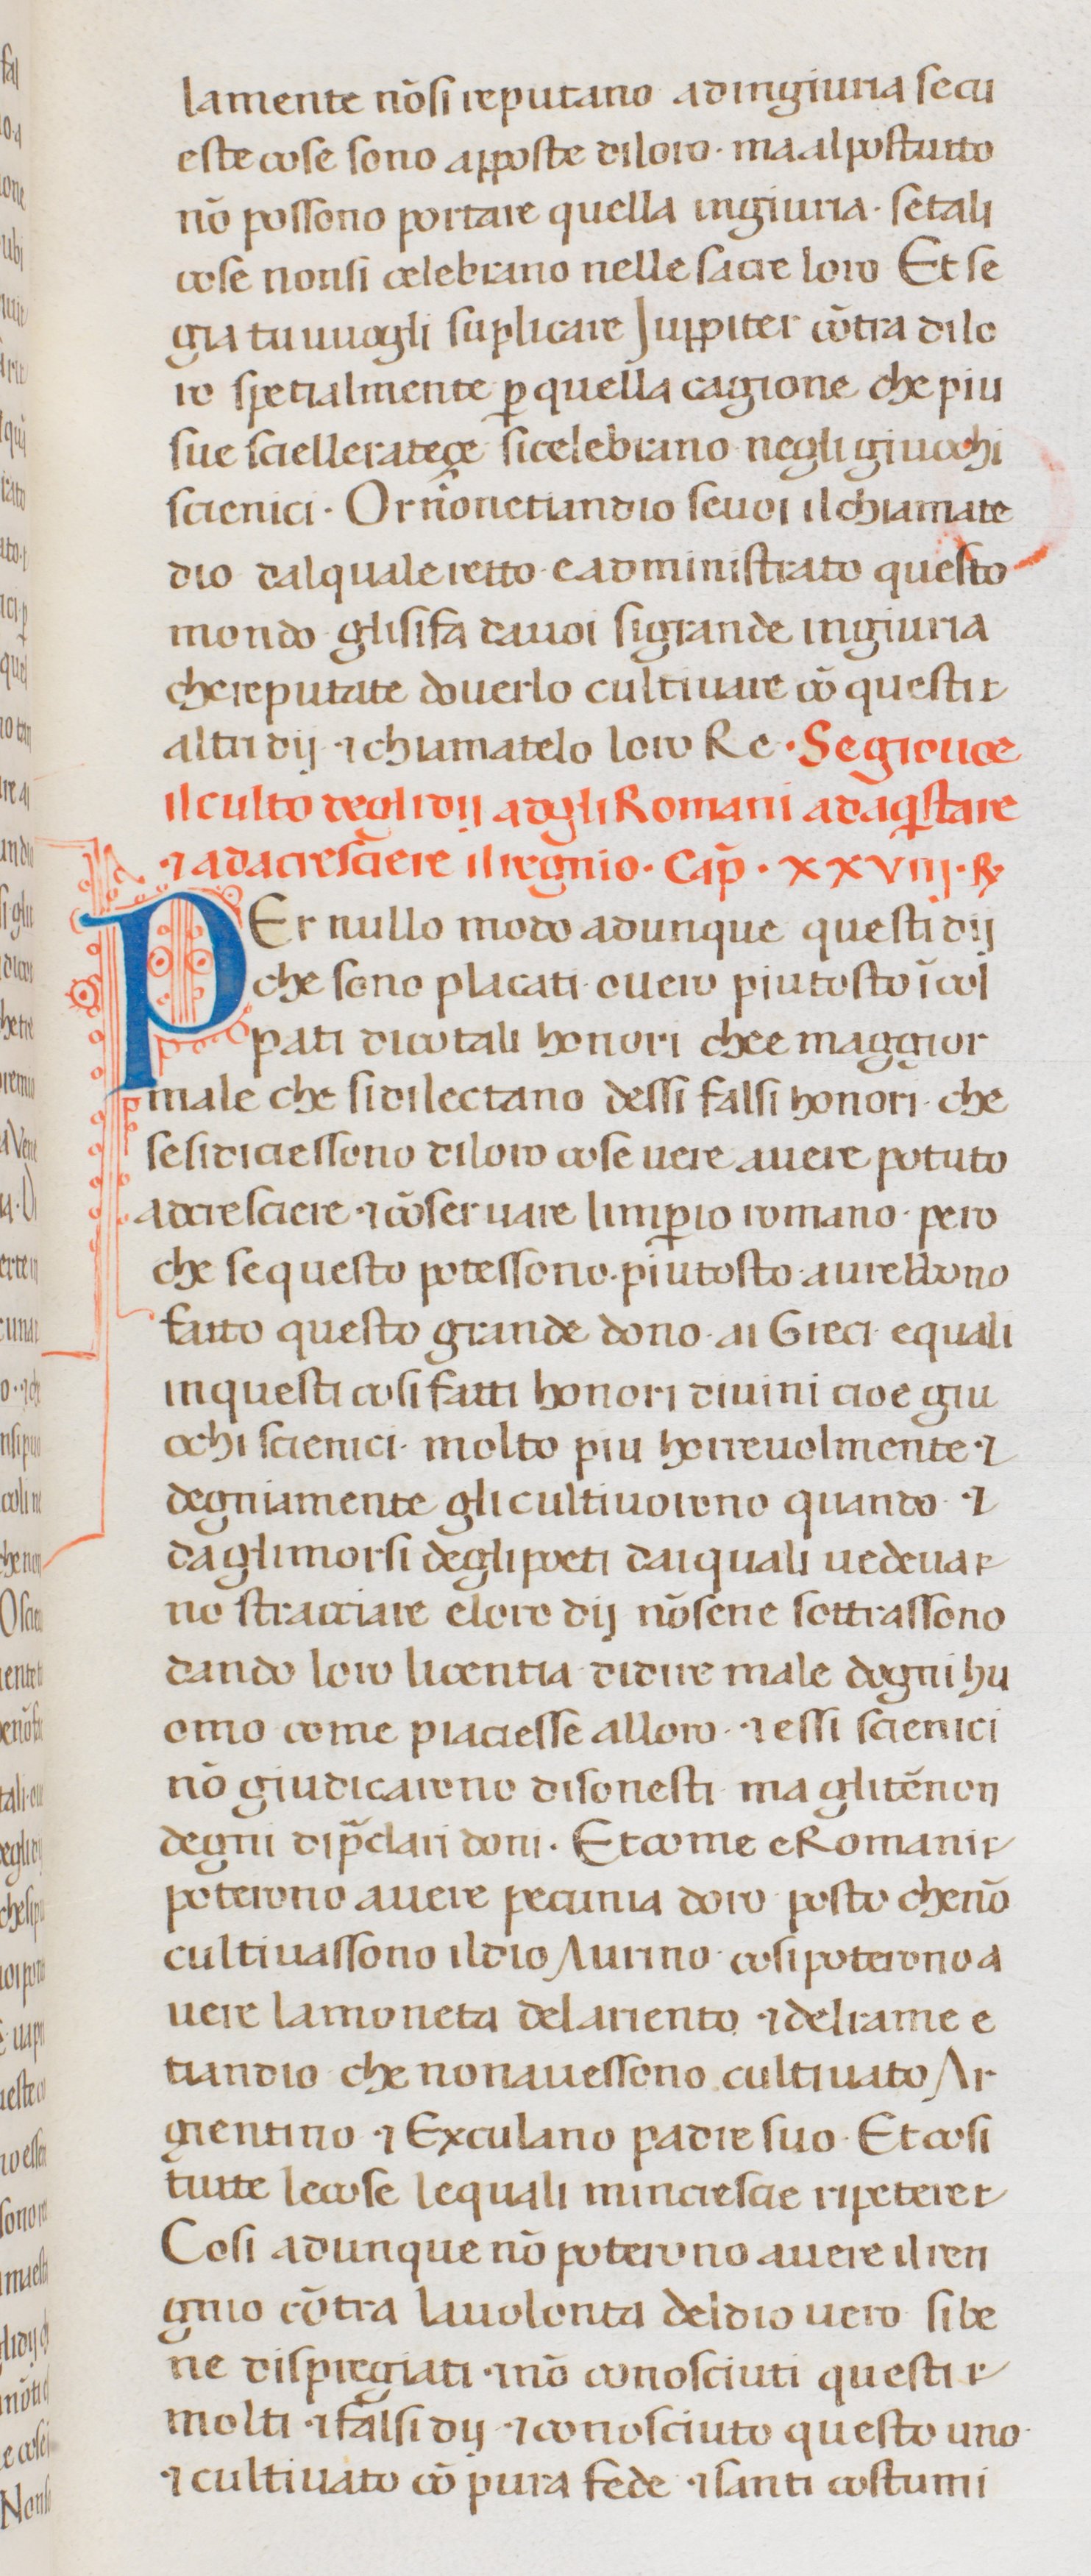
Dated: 1300–1399